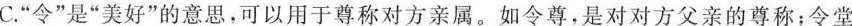
C.”令”是”美好”的意思，可以用于尊称对方亲属。如令尊，是对对方父亲的尊称；令堂